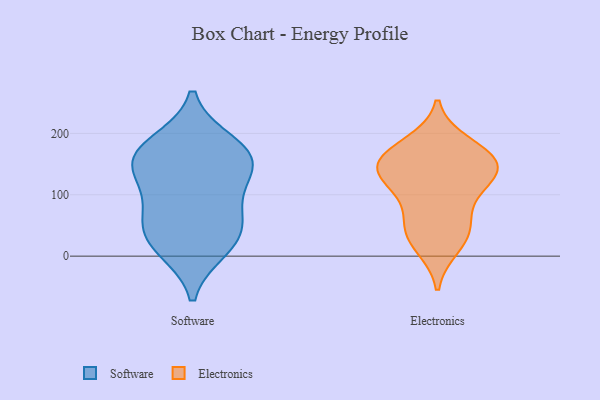
{"axis": {"x": "Conversion Rate (%)", "y": "Value"}, "legend": ["Electronics", "Software"], "data": [{"x": "", "y": 183, "type": "Software"}, {"x": "", "y": 41, "type": "Software"}, {"x": "", "y": 66, "type": "Software"}, {"x": "", "y": 26, "type": "Software"}, {"x": "", "y": 169, "type": "Software"}, {"x": "", "y": 92, "type": "Software"}, {"x": "", "y": 143, "type": "Software"}, {"x": "", "y": 13, "type": "Software"}, {"x": "", "y": 157, "type": "Software"}, {"x": "", "y": 146, "type": "Software"}, {"x": "", "y": 55, "type": "Electronics"}, {"x": "", "y": 52, "type": "Electronics"}, {"x": "", "y": 31, "type": "Electronics"}, {"x": "", "y": 114, "type": "Electronics"}, {"x": "", "y": 150, "type": "Electronics"}, {"x": "", "y": 105, "type": "Electronics"}, {"x": "", "y": 163, "type": "Electronics"}, {"x": "", "y": 16, "type": "Electronics"}, {"x": "", "y": 183, "type": "Electronics"}, {"x": "", "y": 137, "type": "Electronics"}, {"x": "", "y": 140, "type": "Electronics"}, {"x": "", "y": 168, "type": "Electronics"}, {"x": "", "y": 143, "type": "Electronics"}]}